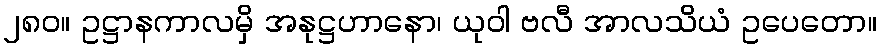
၂၈၀။ ဥဋ္ဌာနကာလမှိ အနုဋ္ဌဟာနော၊ ယုဝါ ဗလီ အာလသိယံ ဥပေတော။